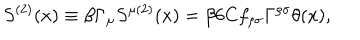
S ^ { ( 2 ) } ( x ) \equiv \beta \Gamma _ { \mu } S ^ { \mu ( 2 ) } ( x ) = \beta 6 C f _ { \rho \sigma } \Gamma ^ { \rho \sigma } \theta ( x ) ,